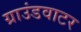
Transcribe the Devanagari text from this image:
ग्राउंडवाटर